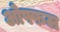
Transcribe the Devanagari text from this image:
ओफ्फल